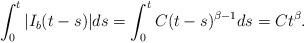
LaTeX: \begin{align*}\int_{0}^{t}|I_{b}(t-s)|ds = \int_{0}^{t}C(t-s)^{\beta - 1}ds = C t^{\beta}.\end{align*}